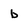
Character: b